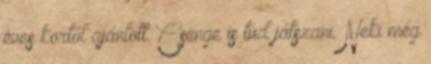
éves kortól ajánlott. Csenge is tud játszani. Neki még